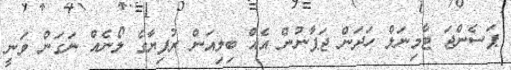
ޕަސެންޖަ ޓާމިނަލް ހަދަން ޖަޕާނުން އެއް ބިލިއަން ރުފިޔާގެ ލޯނެއް ނަގަން ވަނީ